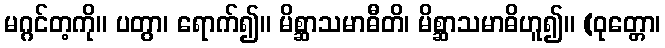
မဂ္ဂင်တ့ကို။ ပတွာ၊ ရောက်၍။ မိစ္ဆာသမာဓီတိ၊ မိစ္ဆာသမာဓိဟူ၍။ (ဝုတ္တော၊